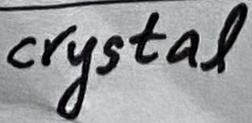
Text: crystal